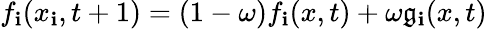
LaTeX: f_{\mathbf{i}}(x_{\mathbf{i}},t+1)=(1-\omega)f_{\mathbf{i}}(x,t)+\omega\mathfrak{g}_{\mathbf{i}}(x,t)